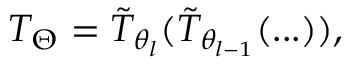
T _ { \Theta } = \Tilde { T } _ { \theta _ { l } } ( \Tilde { T } _ { \theta _ { l - 1 } } ( . . . ) ) ,